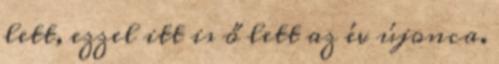
lett, ezzel itt is ő lett az év újonca.